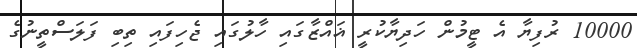
10000 ރުފިޔާ އެ ޓީމުން ހަދިޔާކުރީ ޣައްޒާގައި ހާލުގައި ޖެހިފައި ތިބި ފަލަސްތީނުގެ